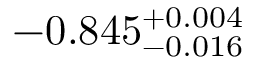
- 0 . 8 4 5 _ { - 0 . 0 1 6 } ^ { + 0 . 0 0 4 }